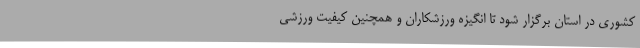
کشوری در استان برگزار شود تا انگیزه ورزشکاران و همچنین کیفیت ورزشی